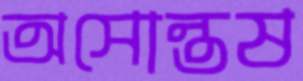
অসোন্তষ